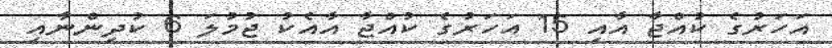
އަހަރުގެ ކުއްޖާ އާއި 15 އަހަރުގެ ކުއްޖާ އާއެކު ޖުމުލަ 6 ކުދިންނާއި